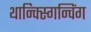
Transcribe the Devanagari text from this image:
थान्क्स्गिन्विंग